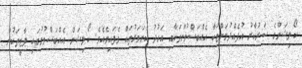
ކޯލިޝަންގެ ސަރުކާރު އުފެއްދުމަށްޓަކާ އެއްބަސްވުންތަކާއި އަހުދު ކަށަވަރުތައް ވެފައިވެއެވެ. ކޯލިޝަން އެއްބަސްވުމުގައި ޕާޓީތަކުން